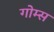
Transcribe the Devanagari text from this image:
गोम्‍स